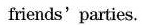
friends'parties.